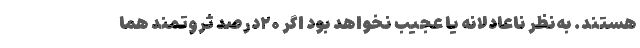
هستند. به‌نظر ناعادلانه یا عجیب نخواهد بود اگر ۲۰درصد ثروتمند هما